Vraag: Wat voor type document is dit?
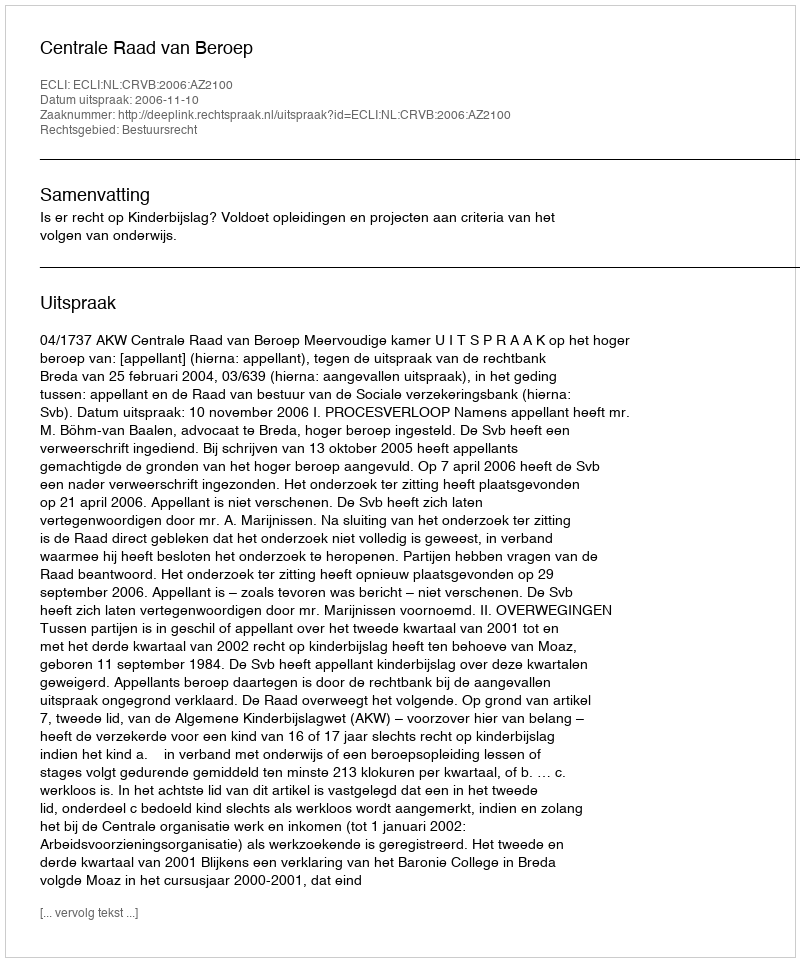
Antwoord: Uitspraak